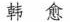
韩愈